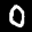
Label: 0